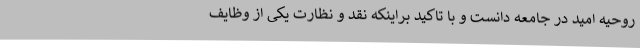
روحیه امید در جامعه دانست و با تاکید براینکه نقد و نظارت یکی از وظایف